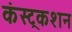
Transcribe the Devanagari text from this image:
कंस्ट्रकशन